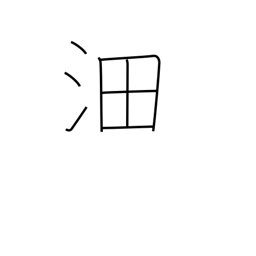
Meaning: vast surging waters